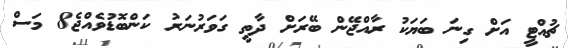
ޗުއްޓީ އަށް ގިނަ ބަޔަކު ރާއްޖޭން ބޭރަށް ދާތީ ގަވަރުނަރު ކަންބޮޑުވެއްޖެ8 މަސް